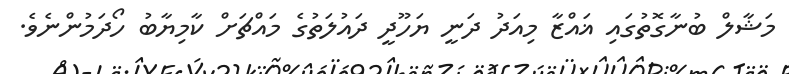
މަޝާލް ބުނާގޮތުގައި ޣައްޒާ މިއަދު ދަނީ ޔަހޫދީ ދައުލަތުގެ މައްޗަށް ކާމިޔާބު ހޯދަމުންނެވެ.